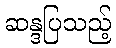
ဆန္ဒပြသည့်